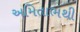
અમિતાભથી